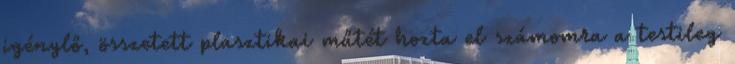
igénylő, összetett plasztikai műtét hozta el számomra a testileg